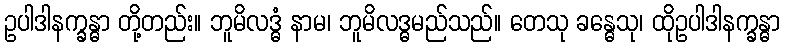
ဥပါဒါနက္ခန္ဓာ တို့တည်း။ ဘူမိလဒ္ဓံ နာမ၊ ဘူမိလဒ္ဓမည်သည်။ တေသု ခန္ဓေသု၊ ထိုဥပါဒါနက္ခန္ဓာ